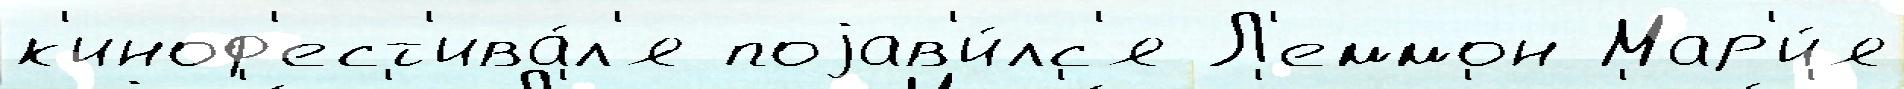
к'иноф'ест'ива́л'я поjав'и́лс'я Л'еммон Мар'и́я